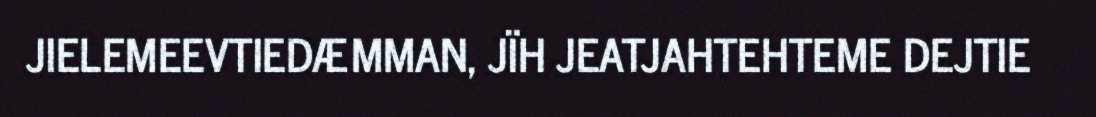
JIELEMEEVTIEDÆMMAN, JÏH JEATJAHTEHTEME DEJTIE